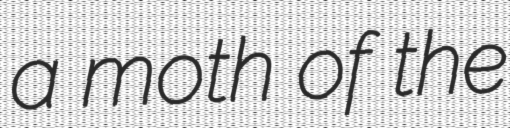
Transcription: a moth of the